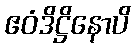
ဧဝံဒိဋ္ဌိနောပိ